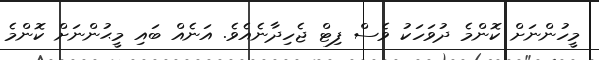
މީހުންނަށް ކޮންމެ ދުވަހަކު ވެސް ފިޓް ޖެހިދާނެއެވެ. އަނެއް ބައި މީޙުންނަށް ކޮންމެ